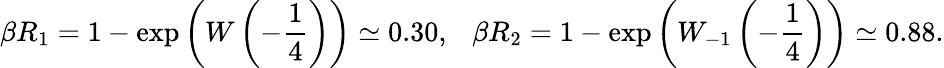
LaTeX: \beta R_{1}=1-\exp\left(W\left(-\frac{1}{4}\right)\right)\simeq 0.30,~~~\beta R_{2}=1-\exp\left(W_{-1}\left(-\frac{1}{4}\right)\right)\simeq 0.88.